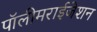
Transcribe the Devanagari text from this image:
पॉलीमराईजेशन